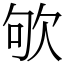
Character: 欨